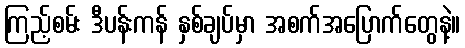
ကြည့်စမ်း ဒီပန်းကန် နှစ်ချပ်မှာ အစက်အပြောက်တွေနဲ့။